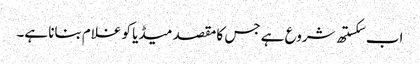
اب سکستھ شروع ہے جس کا مقصد میڈیا کو غلام بنانا ہے۔